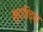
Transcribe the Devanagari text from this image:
मुदतिच्या